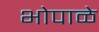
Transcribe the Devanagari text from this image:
भोपाळे